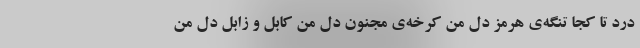
درد تا کجا تنگه‌ی هرمز دل من کرخه‌ی مجنون دل من کابل و زابل دل من